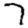
Digit: 7